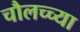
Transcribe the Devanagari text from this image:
चौलच्च्या